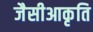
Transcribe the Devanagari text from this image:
जैसीआकृति